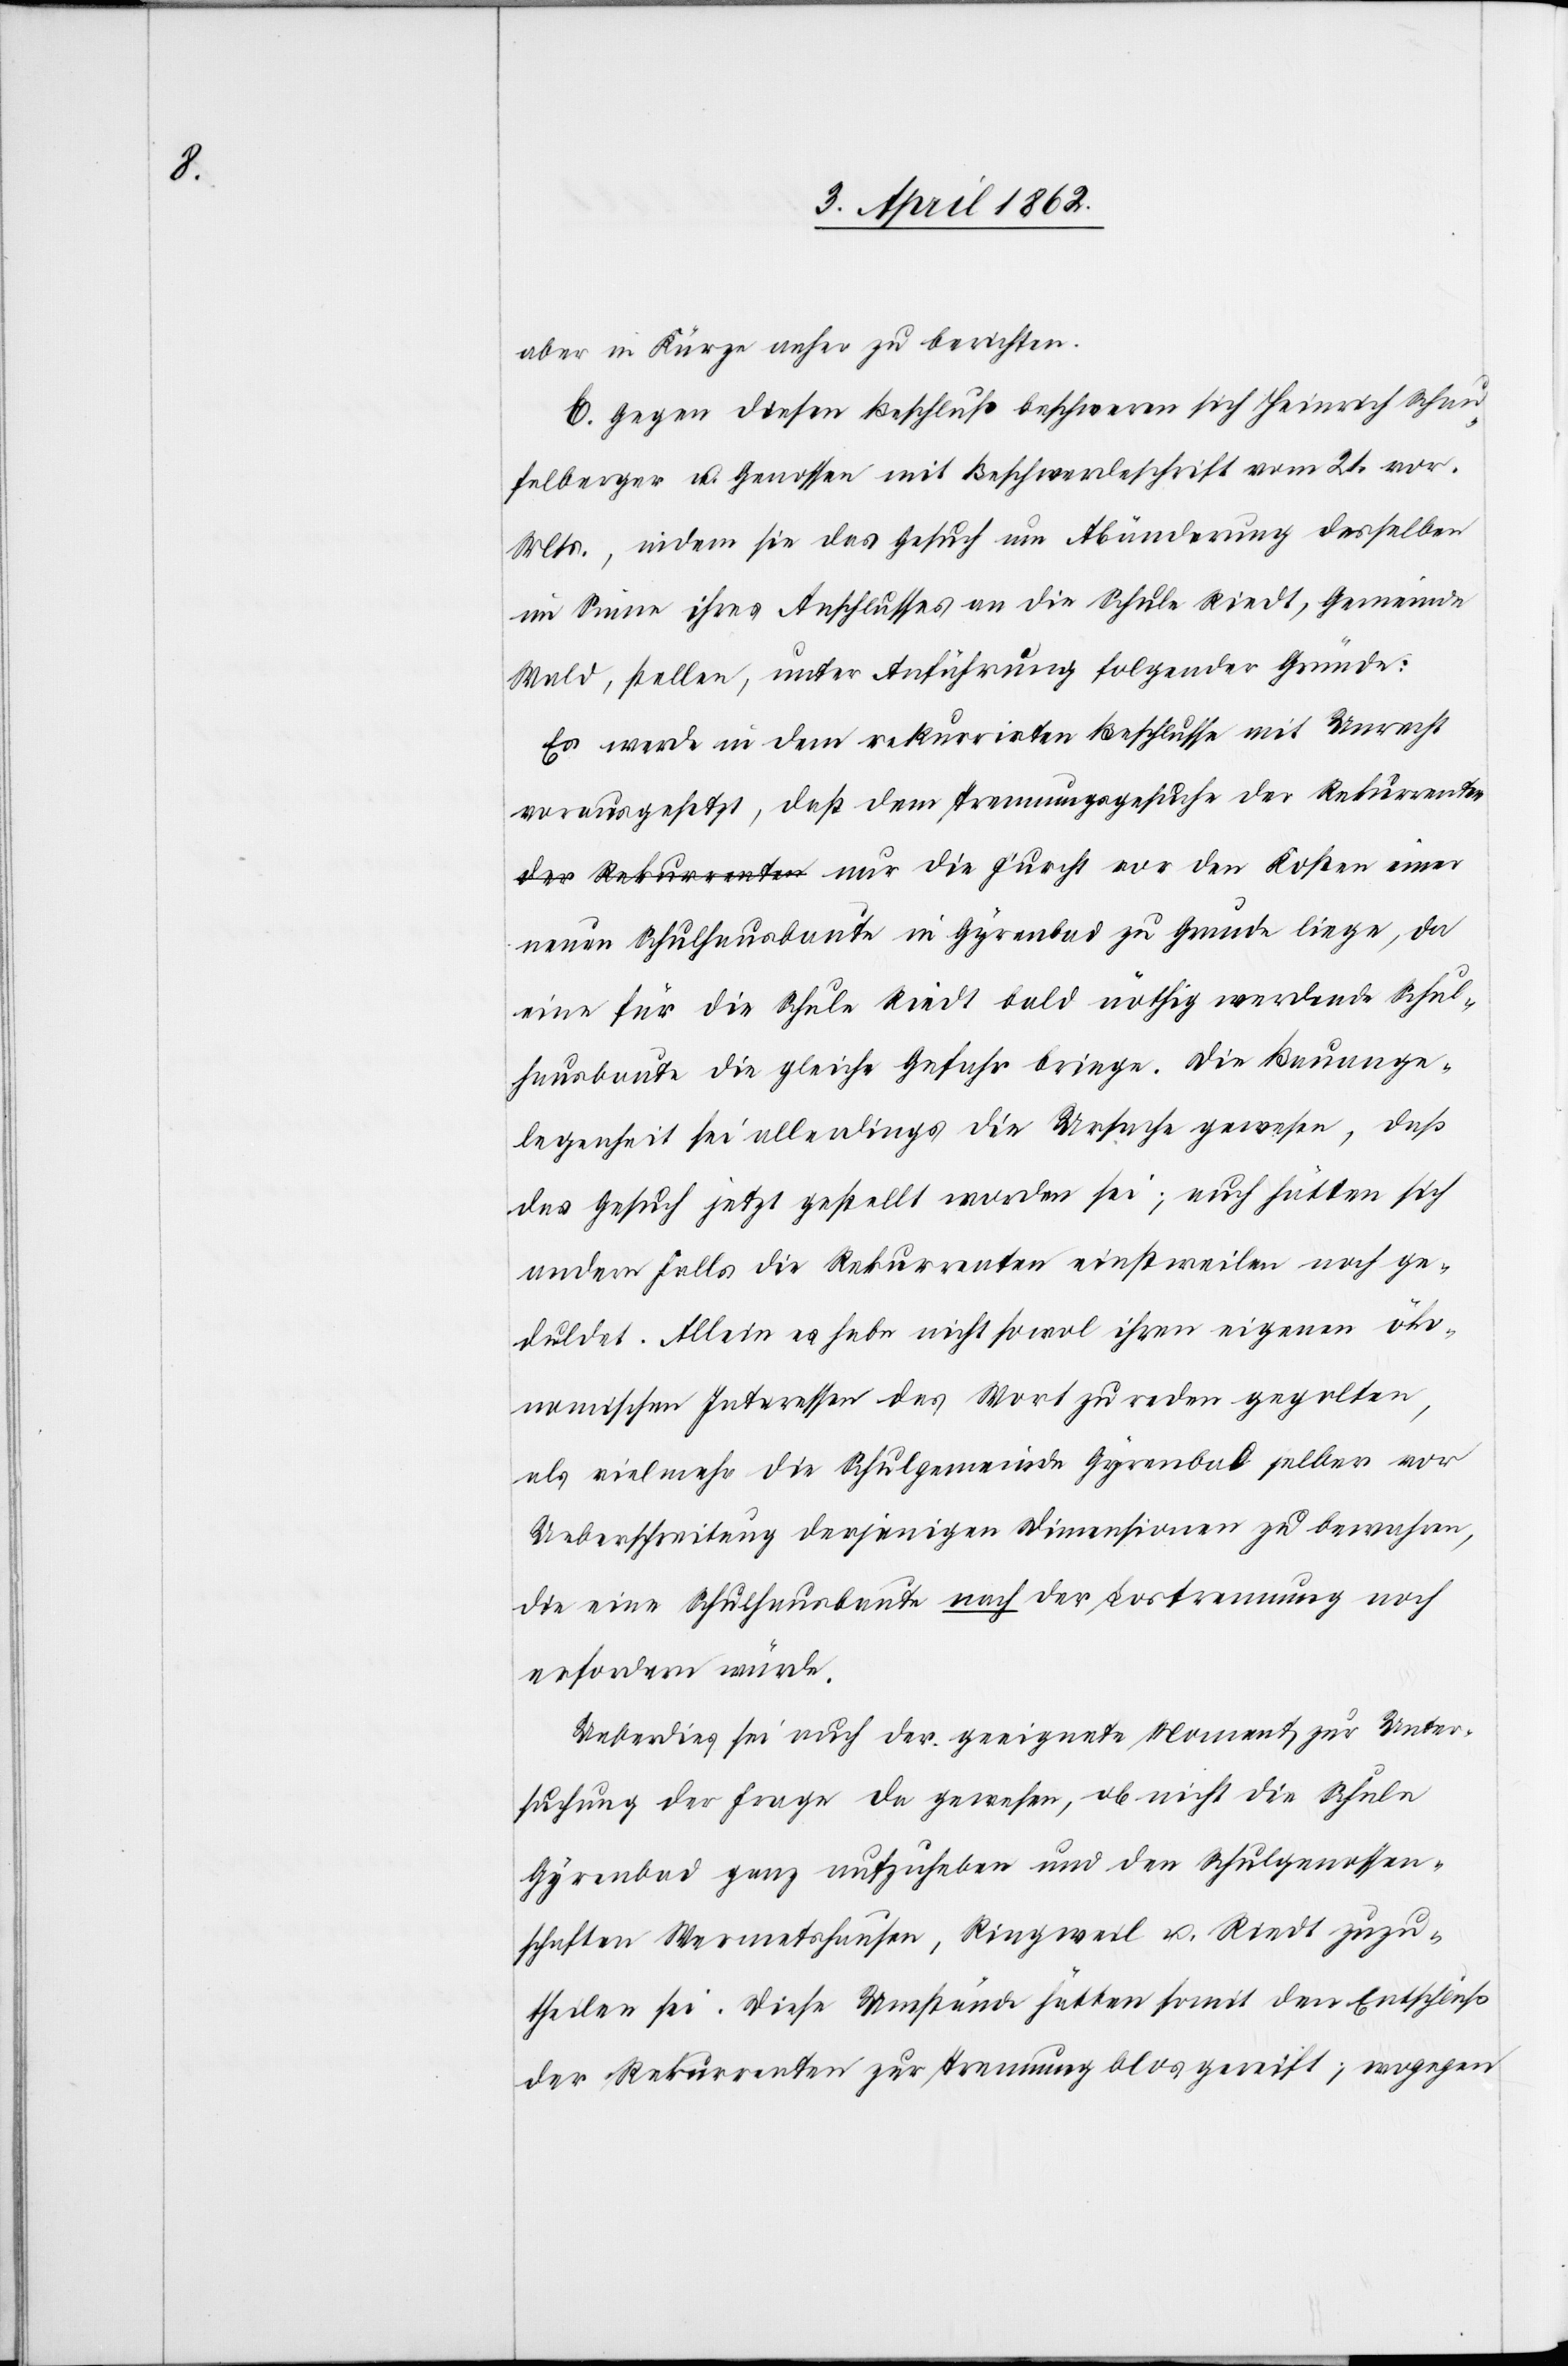
aber in Kürze anher zu berichten.
E. Gegen diesen Beschluß beschweren sich Heinrich Schau¬
felberger u. Genossen mit Beschwerdeschrift vom 21. vor.
Mts., indem sie das Gesuch um Abänderung desselben
im Sinne ihres Anschlusses an die Schule Riedt, Gemeinde
Wald, stellen, unter Anführung folgender Gründe:
Es werde in dem rekurrirten Beschlusse mit Unrecht
vorausgesetzt, daß dem Trennungsgesuche der Rekurrenten
neuen Schulhausbaute in Gyrenbad zu Grunde liege, da
eine für die Schule Riedt bald nöthig werdende Schul¬
hausbaute die gleiche Gefahr bringe. Die Bauange¬
legenheit sei allerdings die Ursache gewesen, daß
das Gesuch jetzt gestellt worden sei; auch hätten sich
andernfalls die Rekurrenten einstweilen noch ge¬
duldet. Allein es habe nicht sowol ihren eigenen öko¬
nomischen Interessen das Wort zu reden gegolten,
als viel mehr die Schulgemeinde Gyrenbad selber vor
Ueberschreitung derjenigen Dimensionen zu bewachen,
die eine Schulhausbaute nach der Lostrennung noch
erfordern würde.
Ueberdies sei auch der geeignete Moment zur Unter¬
suchung der Frage da gewesen, ob nicht die Schule
Gyrenbad ganz aufzuheben und den Schulgenossen¬
schaften Wermetshausen, Ringweil u. Riedt zuzu¬
theilen sei. Diese Umstände hätten somit den Entschluß
der Rekurrenten zur Trennung blos gereift; wogegen